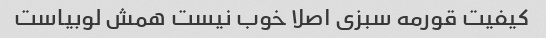
کیفیت قورمه سبزی اصلا خوب نیست همش لوبیاست